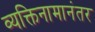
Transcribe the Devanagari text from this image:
व्यक्तिनामानंतर